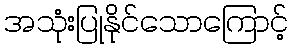
အသုံးပြုနိုင်သောကြောင့်